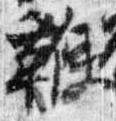
鞭